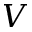
V